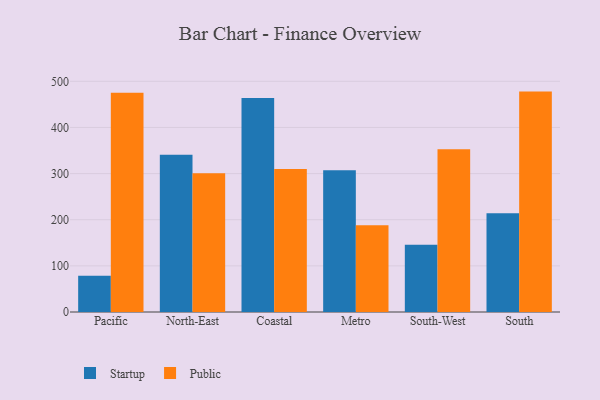
{"axis": {"x": "Region", "y": "Energy Usage (MWh)"}, "legend": ["Public", "Startup"], "data": [{"x": "Pacific", "y": 78.5, "type": "Startup"}, {"x": "Pacific", "y": 475.4, "type": "Public"}, {"x": "North-East", "y": 340.7, "type": "Startup"}, {"x": "North-East", "y": 300.9, "type": "Public"}, {"x": "Coastal", "y": 463.8, "type": "Startup"}, {"x": "Coastal", "y": 309.9, "type": "Public"}, {"x": "Metro", "y": 307.1, "type": "Startup"}, {"x": "Metro", "y": 188.1, "type": "Public"}, {"x": "South-West", "y": 145.5, "type": "Startup"}, {"x": "South-West", "y": 352.5, "type": "Public"}, {"x": "South", "y": 213.8, "type": "Startup"}, {"x": "South", "y": 477.7, "type": "Public"}]}